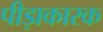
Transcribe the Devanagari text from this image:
पीड़ाकारक